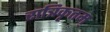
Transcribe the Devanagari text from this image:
रात्रिकृतम्‌